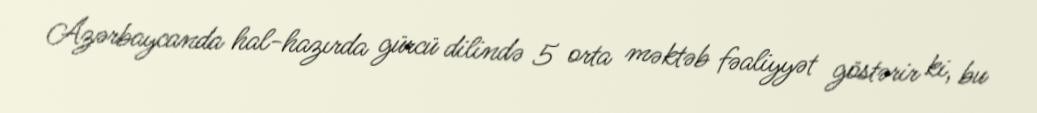
Azərbaycanda hal-hazırda gürcü dilində 5 orta məktəb fəaliyyət göstərir ki, bu